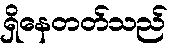
ရှိနေတတ်သည်